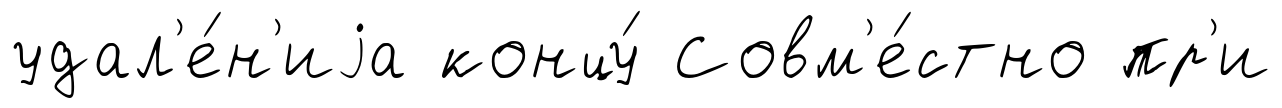
удал'е́н'иjа концу́ Совм'е́стно пр'и